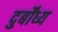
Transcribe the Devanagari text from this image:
दुर्बोंध्य